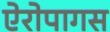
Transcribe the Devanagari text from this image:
ऐरोपागस